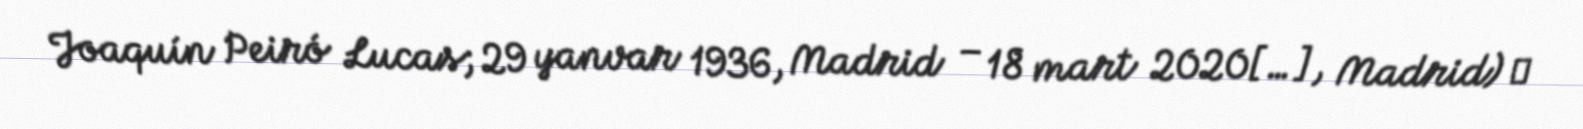
Joaquín Peiró Lucas; 29 yanvar 1936, Madrid – 18 mart 2020[…], Madrid) ―